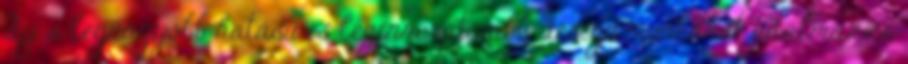
díj a legnagyobb hatású és leginnovatívabb design munkákat jutalmazza